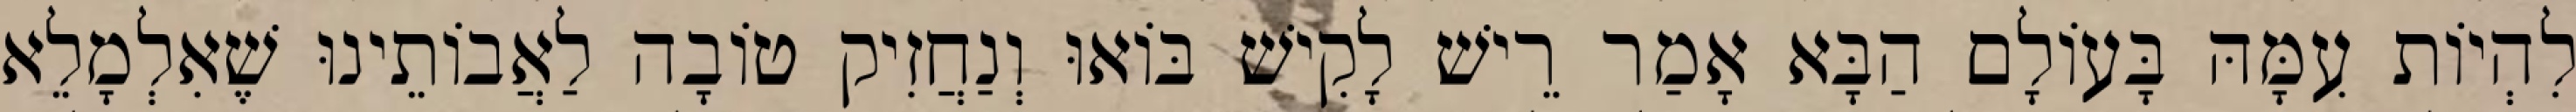
לִהְיוֹת עִמָּהּ בָּעוֹלָם הַבָּא אָמַר רֵישׁ לָקִישׁ בּוֹאוּ וְנַחֲזִיק טוֹבָה לַאֲבוֹתֵינוּ שֶׁאִלְמָלֵא